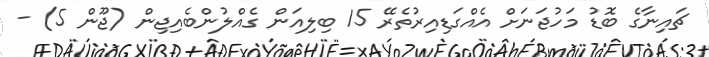
ޗައިނާގެ ބޮޑު މަހުޖަނަށް އެއްގަޑިއިރުތެރޭ 15 ބިލިއަން ގެއްލުންބެއިޖިން (ޖޫން 5) -